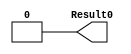
module cell0(Result0);
output Result0;
assign Result0 = 0;
endmodule